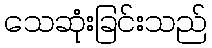
သေဆုံးခြင်းသည်